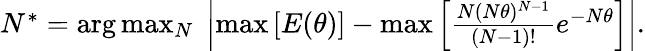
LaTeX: \begin{array}{r}{N^{*}=\arg\operatorname*{max}_{N}\; \left|\operatorname*{max}\left[{E(\theta)}\right]-\operatorname*{max}\left[\frac{N(N\theta)^{N-1}}{(N-1)!}e^{-N\theta}\right]\right|.}\end{array}